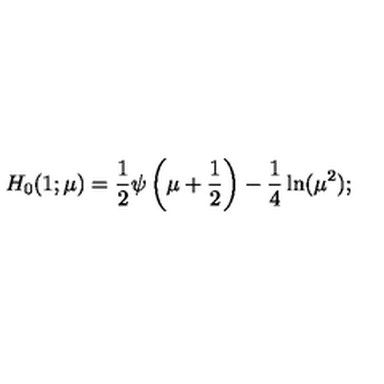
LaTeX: H _ { 0 } ( 1 ; \mu ) = { \frac { 1 } { 2 } } \psi \left( \mu + { \frac { 1 } { 2 } } \right) - \frac 1 4 \ln ( \mu ^ { 2 } ) ;